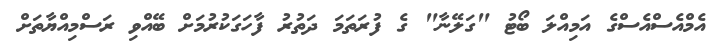
އެމްއެސްއެސްގެ އަމިއްލަ ބޯޓު "ގަލޭނާ" ގެ ފުރަތަމަ ދަތުރު ފާހަގަކުރުމަށް ބޭއްވި ރަސްމިއްޔާތަށް